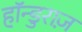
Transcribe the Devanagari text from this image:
हॉन्डुराज़